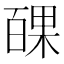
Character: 𭽝